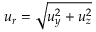
u _ { r } = \sqrt { u _ { y } ^ { 2 } + u _ { z } ^ { 2 } }